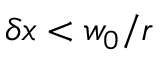
\delta x < w _ { 0 } / r